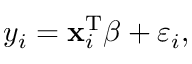
y _ { i } = \mathbf { x } _ { i } ^ { \mathrm { { T } } } { \boldsymbol { \beta } } + \varepsilon _ { i } ,